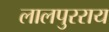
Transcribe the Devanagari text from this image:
लालपुरराय